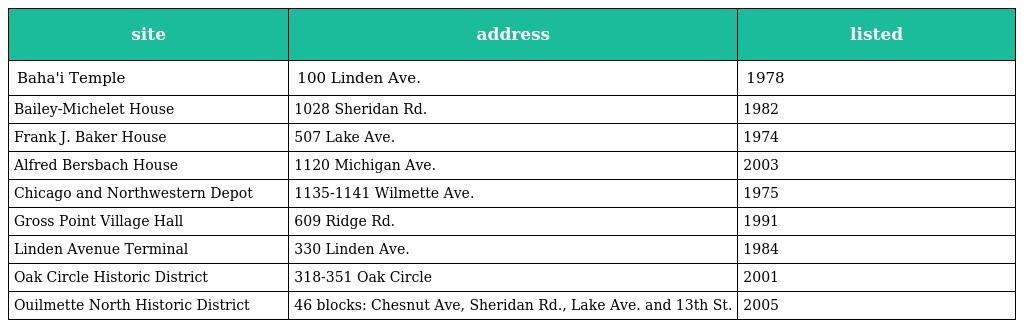
| site | address | listed |
 | --- | --- | --- |
 | Baha'i Temple | 100 Linden Ave. | 1978 |
 | Bailey-Michelet House | 1028 Sheridan Rd. | 1982 |
 | Frank J. Baker House | 507 Lake Ave. | 1974 |
 | Alfred Bersbach House | 1120 Michigan Ave. | 2003 |
 | Chicago and Northwestern Depot | 1135-1141 Wilmette Ave. | 1975 |
 | Gross Point Village Hall | 609 Ridge Rd. | 1991 |
 | Linden Avenue Terminal | 330 Linden Ave. | 1984 |
 | Oak Circle Historic District | 318-351 Oak Circle | 2001 |
 | Ouilmette North Historic District | 46 blocks: Chesnut Ave, Sheridan Rd., Lake Ave. and 13th St. | 2005 |